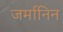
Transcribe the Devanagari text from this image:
जर्मानिन